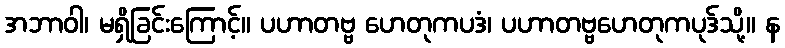
အဘာဝါ၊ မရှိခြင်းကြောင့်။ ပဟာတဗ္ဗ ဟေတုကပဒံ၊ ပဟာတဗ္ဗဟေတုကပုဒ်သို့။ န